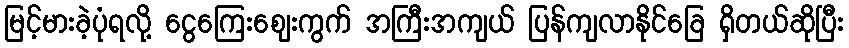
မြင့်မားခဲ့ပုံရလို့ ငွေကြေးဈေးကွက် အကြီးအကျယ် ပြန်ကျလာနိုင်ခြေ ရှိတယ်ဆိုပြီး